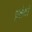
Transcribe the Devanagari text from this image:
प्रक्षेकों